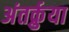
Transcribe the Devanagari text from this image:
अंतर्क्रुया